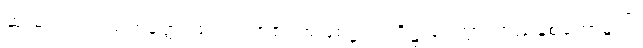
ဆုံးမ၍။ ဥပါသကတ္တေ၊ ဥပါသကာ၏ အဖြစ်၌။ ပတိဋ္ဌာပေတွာ၊ တည်စေတော်မူ၍။